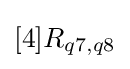
[4]R_{q7,q8}